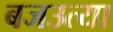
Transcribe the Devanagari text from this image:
बजउत्या